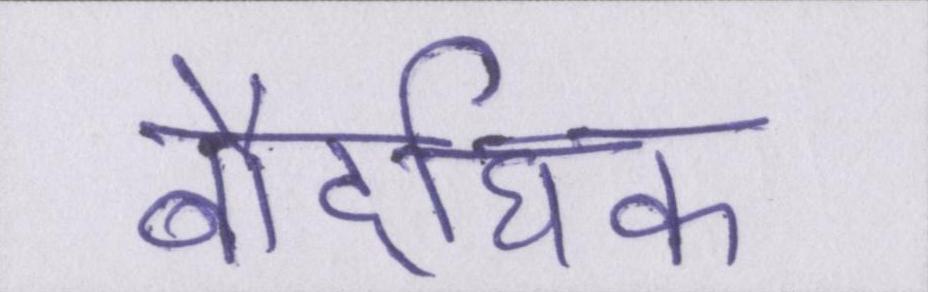
बौद्घिक